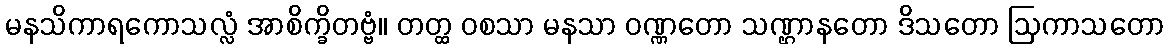
မနသိကာရကောသလ္လံ အာစိက္ခိတဗ္ဗံ။ တတ္ထ ဝစသာ မနသာ ဝဏ္ဏတော သဏ္ဌာနတော ဒိသတော ဩကာသတော